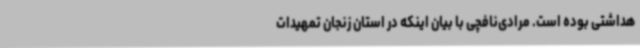
هداشتی بوده است. مرادی‌نافچی با بیان اینکه در استان زنجان تمهیدات